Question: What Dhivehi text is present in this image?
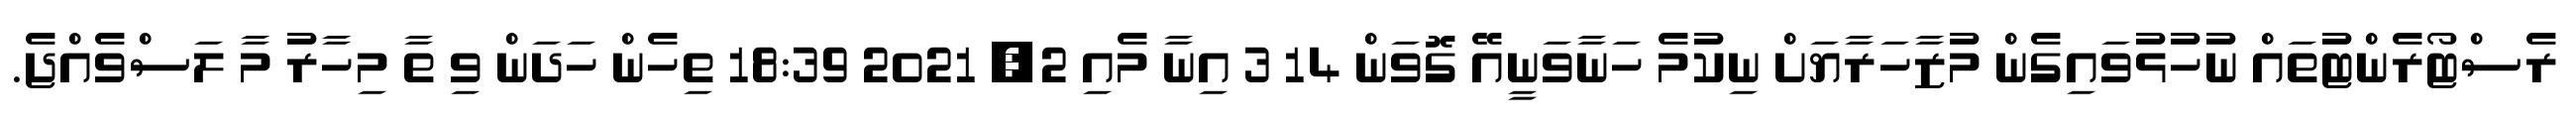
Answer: ރެސްޓޯރެންޓުތައް ނުހުޅުވައިގެން މުޒާހަރާޔަށް ނިކުމެ ހަނާވަނީއޭ ގޮވަން 14 3 އިނާ މެއި 2, 2021 18:39 ތިހެން ހަދަން ވި ތާ މިހާރު މާ ލަސްވެއްޖެ.